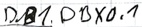
Text: DB1.DBX0.1